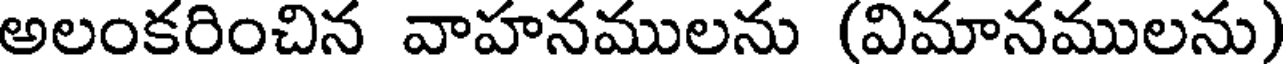
అలంకరించిన వాహనములను (విమానములను)